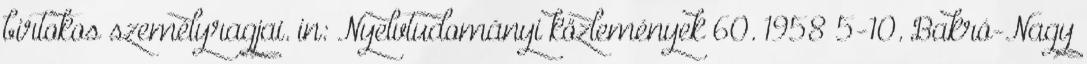
birtokos személyragjai. in: Nyelvtudományi közlemények 60. 1958 5-10. Bakró-Nagy